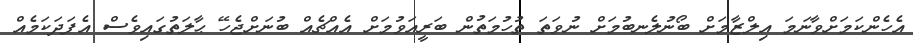
އެހެންކަމަށްވާނަމަ އިލްޒާމަށް ބޯނުލެނބުމަށް ނުވަތަ ތުހުމަތުން ބަރީއަވުމަށް އެއްޗެއް ބުނަށްޖެހޭ ޙާލަތުގައިވެސް އެފަދަކަމެއް